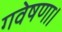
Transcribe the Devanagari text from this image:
गवेषणा।